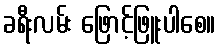
ခရီးလမ်း ဖြောင့်ဖြူးပါစေ။